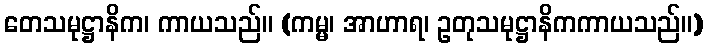
တေသမုဋ္ဌာနိက၊ ကာယသည်။ (ကမ္မ၊ အာဟာရ၊ ဥတုသမုဋ္ဌာနိကကာယသည်။)